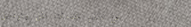
نحن نقدم خدمات نقل وتوصيل